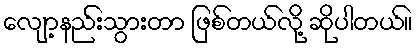
လျော့နည်းသွားတာ ဖြစ်တယ်လို့ ဆိုပါတယ်။